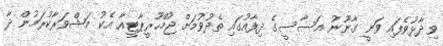
ވިދާޅުވެފައި ވަނީ ގާނޫނު އަސާސީގެ ދިފާއުގައި ތެދުވުމަށް ޖުމްހޫރީޕާޓީއާ އެކު މަޝްވަރާކުރަމުން ދާ